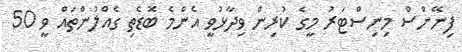
ފިނޭންސް މިނިސްޓަރު މީގެ ކުރިން ވިދާޅުވީ އެންމެ ބޮޑެތި ގެއްލުންތައް ވީ 50